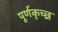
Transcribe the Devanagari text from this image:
पूर्णकृच्छ्र